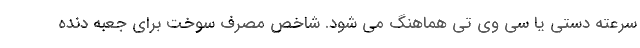
سرعته دستی یا سی وی تی هماهنگ می شود. شاخص مصرف سوخت برای جعبه دنده